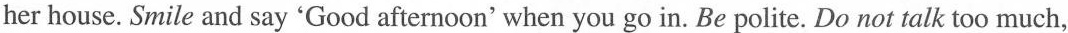
her house. Smile and say 'Good afternoon' when you go in. Be polite. Do not talk too much,